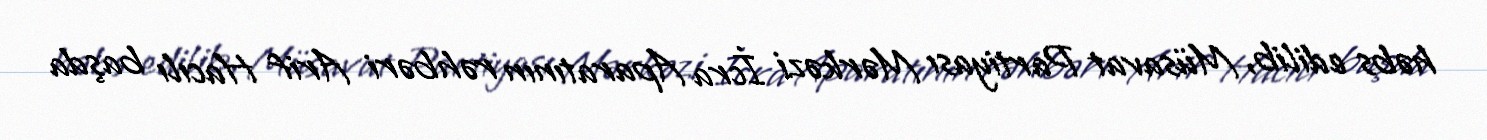
həbs edilib, Müsavat Partiyası Mərkəzi İcra Aparatının rəhbəri Arif Hacılı başda